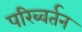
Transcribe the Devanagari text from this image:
परिब्वर्तन